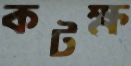
কটক্ষ